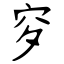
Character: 穸